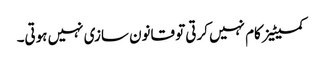
کمیٹیز کام نہیں کرتی تو قانون سازی نہیں ہوتی۔